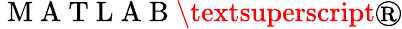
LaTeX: \mathrm{~M~A~T~L~A~B~}\textsuperscript{\textregistered}